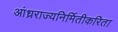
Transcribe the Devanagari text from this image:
आंध्रराज्यनिर्मितीकरिता